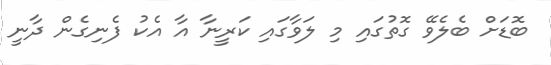
ބޮޑަށް ބެލެވޭ ގޮތުގައި މި ލަވާގައި ކަރީނާ އާ އެކު ފެނިގެން ދާނީ